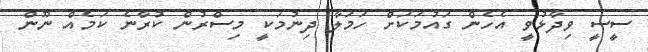
ސީސީ ވިދާޅުވީ އެހެން ގައުމަކަށް ހަމަލާ ދިނުމަކީ މިސްރުން ކުރާނެ ކަމެއް ނޫން